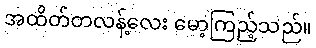
အထိတ်တလန့်လေး မော့ကြည့်သည်။